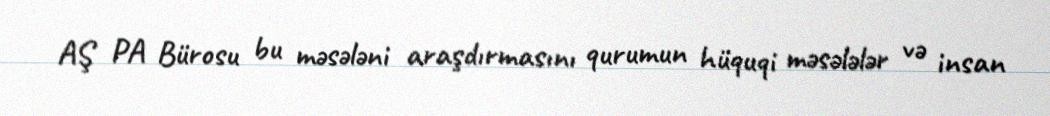
AŞ PA Bürosu bu məsələni araşdırmasını qurumun hüquqi məsələlər və insan